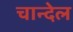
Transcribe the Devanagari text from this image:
चान्देल